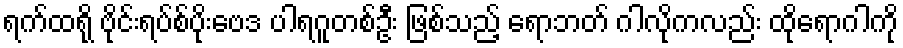
ရက်ထရို ဗိုင်းရပ်စ်ပိုးဗေဒ ပါရဂူတစ်ဦး ဖြစ်သည့် ရောဘတ် ဂါလိုကလည်း ထိုရောဂါကို